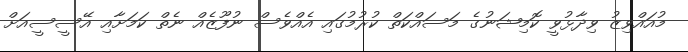
މުއައްވިޒު ވިދާޅުވީ ކޮމިޝަނުގެ މަސައްކަތް ކުރުމުގައި އެއްވެސް ނުފޫޒެއް ނެތް ކަމަށާއި އޭސީސީއަށް